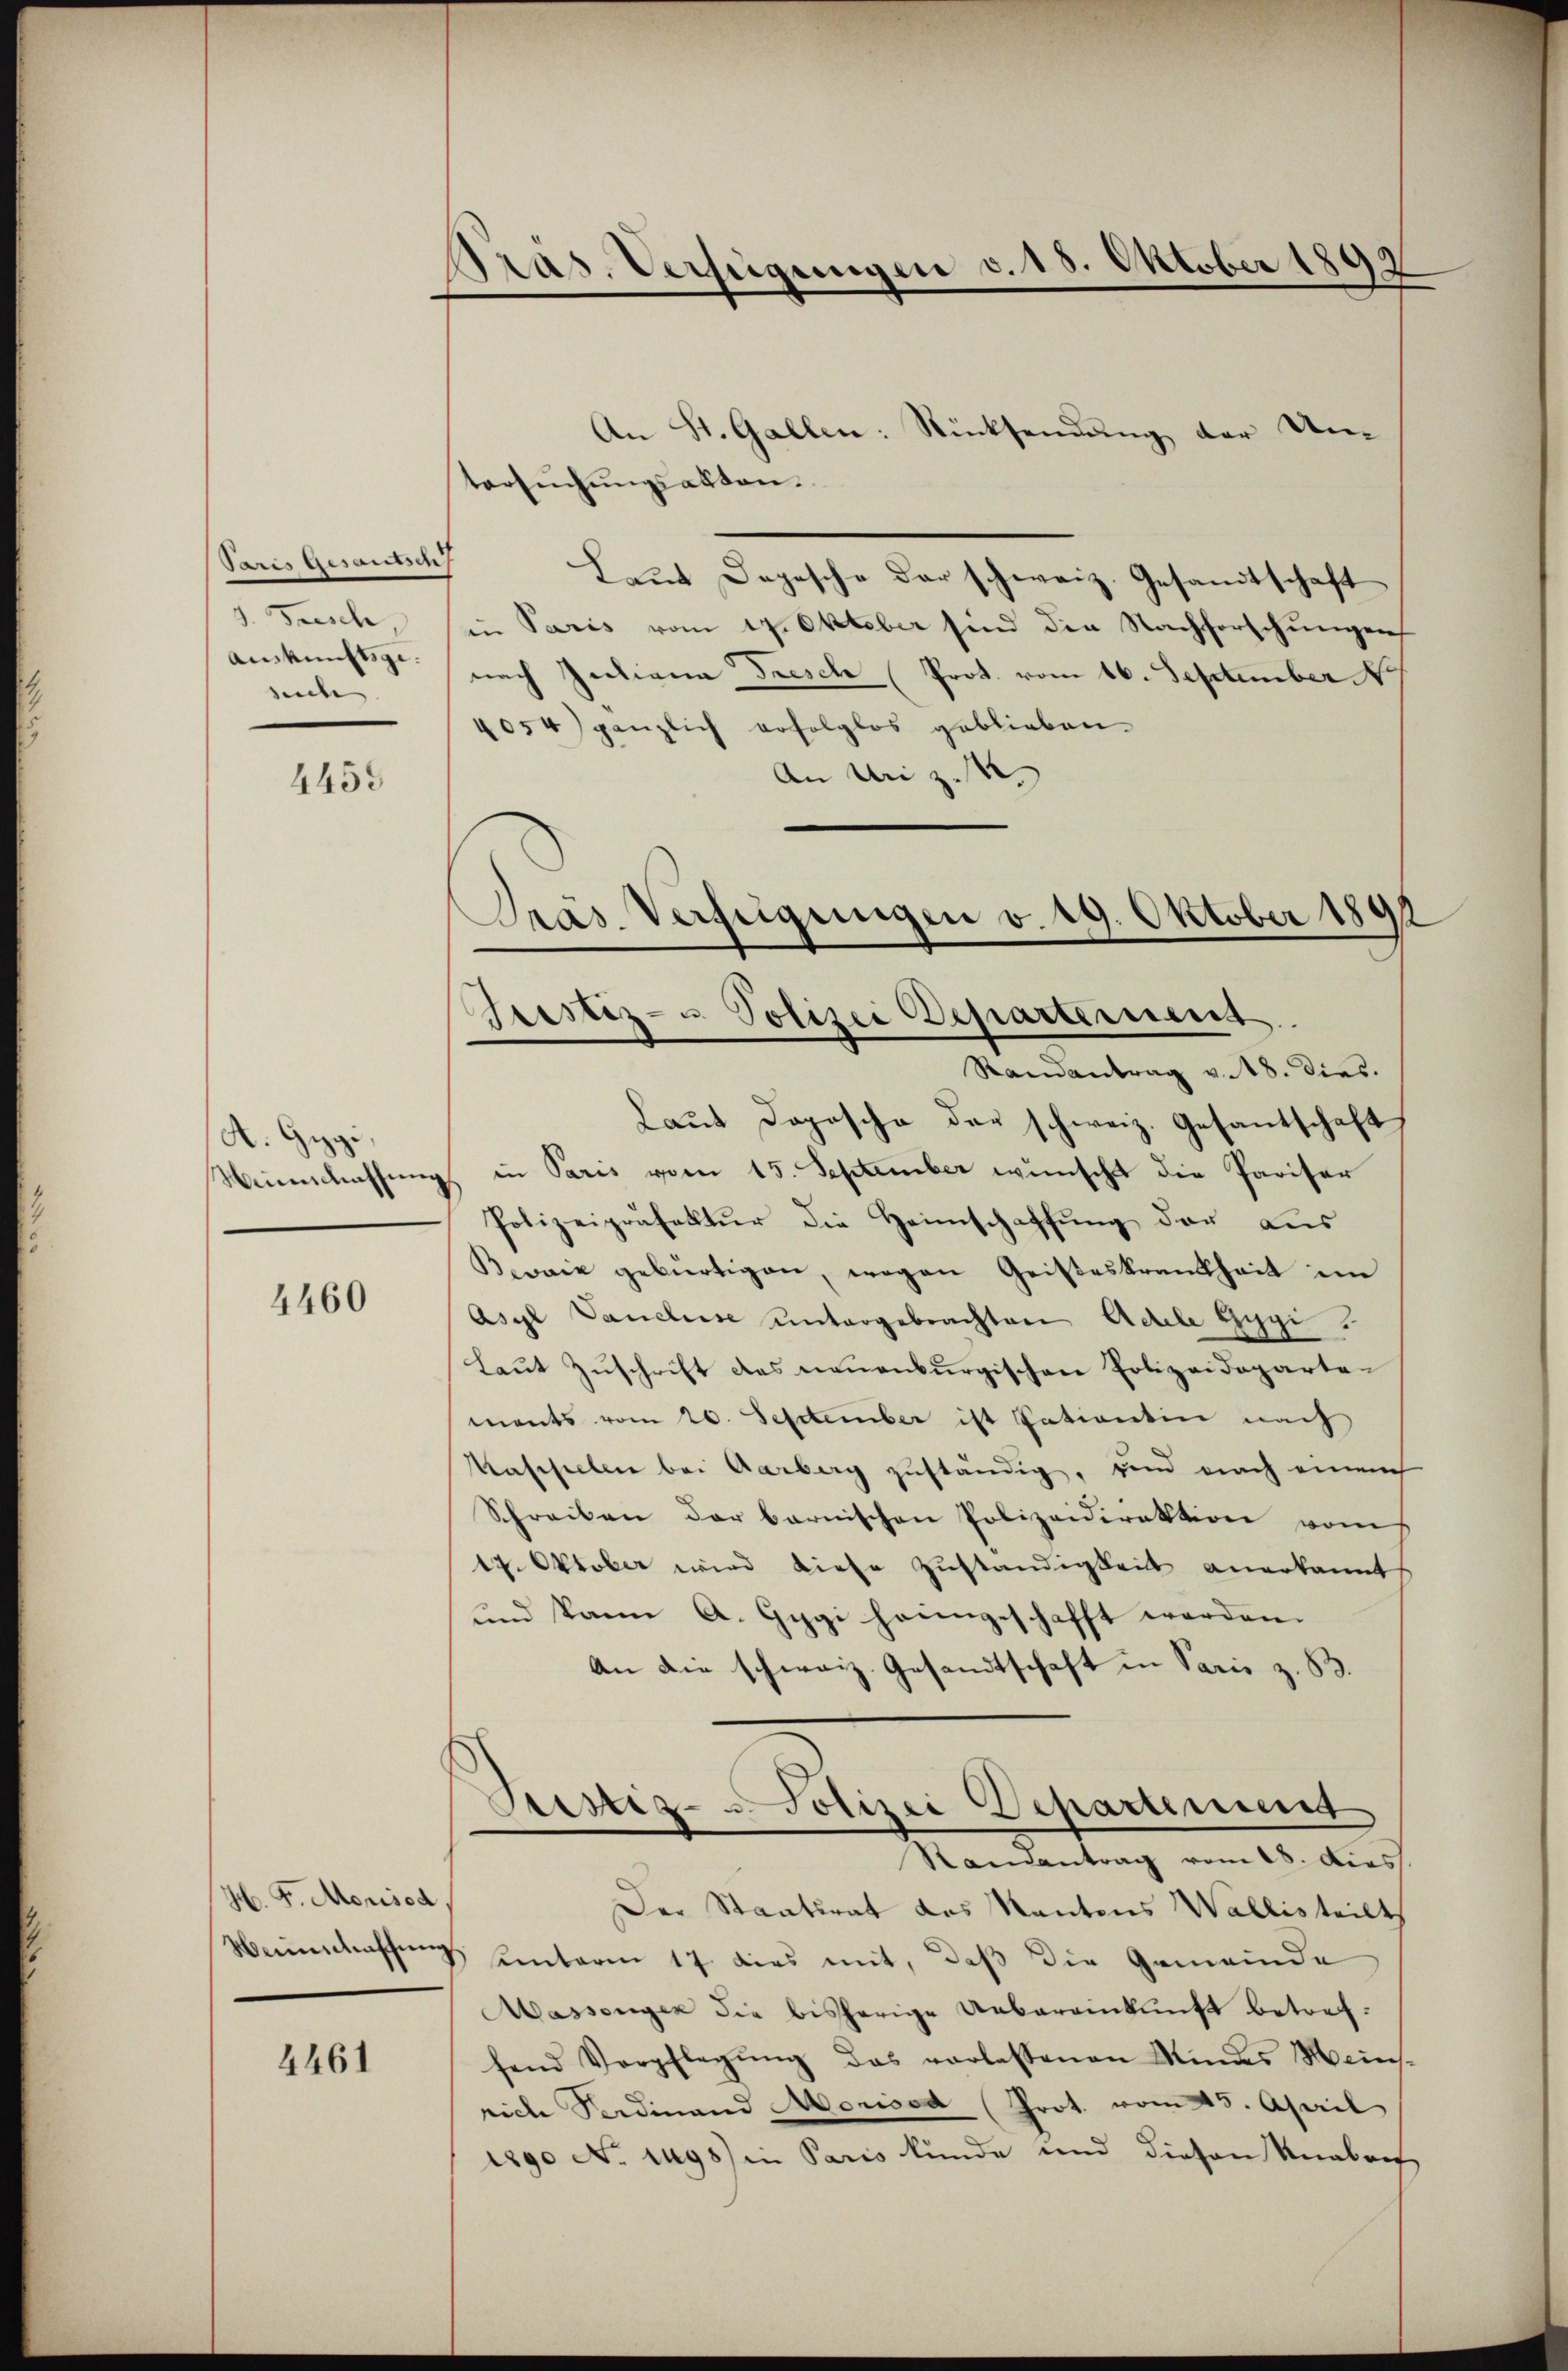
Paris Gesandtsch
d. Frisch,
Auskunftsgesuche. |

4455

A. Hegi,
Weinschaffung

4460

H. F. Morisod

4461

Präs. Verfügungen v. 15. Oktober 1892

Prás Verfügungen v. 19. Oktober 1892
Grestiz- u Polizei Departement
Randantrag v. 18. dies.

An St. Gallen: Rücksendung der Umtersŭchŭngsakten.
Laut Depesche der schweiz. Gesandtschaft
in Paris vom 17. Oktober sind die Nachforschungen
nach Juliana Dresche (Prot. vom 16. September 1
4054) gänzlich erfolglos geblieben.
An Uri z
Laut Doposche der schweiz. Gesantschaft
in Paris vom 15. September wünscht die Pariser
Polizeipräfektur die Heimschaffung der aus
Beaie gebürtigen, wegen Geisteskrankheit im
Asyl Vancluse untergebrachten Adele Gygi.
Laut Zuschrift des neuenburgischen Polizeidepartemants vom 20. September ist Sationtin nach
Kascheelen bei Aarberg zuständig, und nach einach
Schreiben der barnischen Polizeidirektion vom
17. Oktober wird diese Zuständigkeit anerkannt
und kann A. Gygi heimgeschafft worden.
An die schweiz. Gesandtschaft in Paris z. B.
Prestiz - Polizei Departement
Randantrag vom 18. dies
Der Staatsrat das Kantons Wallistricts
Neeinschaffung unterm 17. dies mit, daß die Gemeinde
Massenger die bisherige Uebereinkunft betrefhend Verpflegŭng das verlassenen Mindes Meins-
rich Ferdinand Morisod (Prot. vom 25. April
1890 No 1498) in Paris kunde und diesen Knabens,